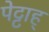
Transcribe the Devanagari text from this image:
पेट्टाह्